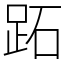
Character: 跖